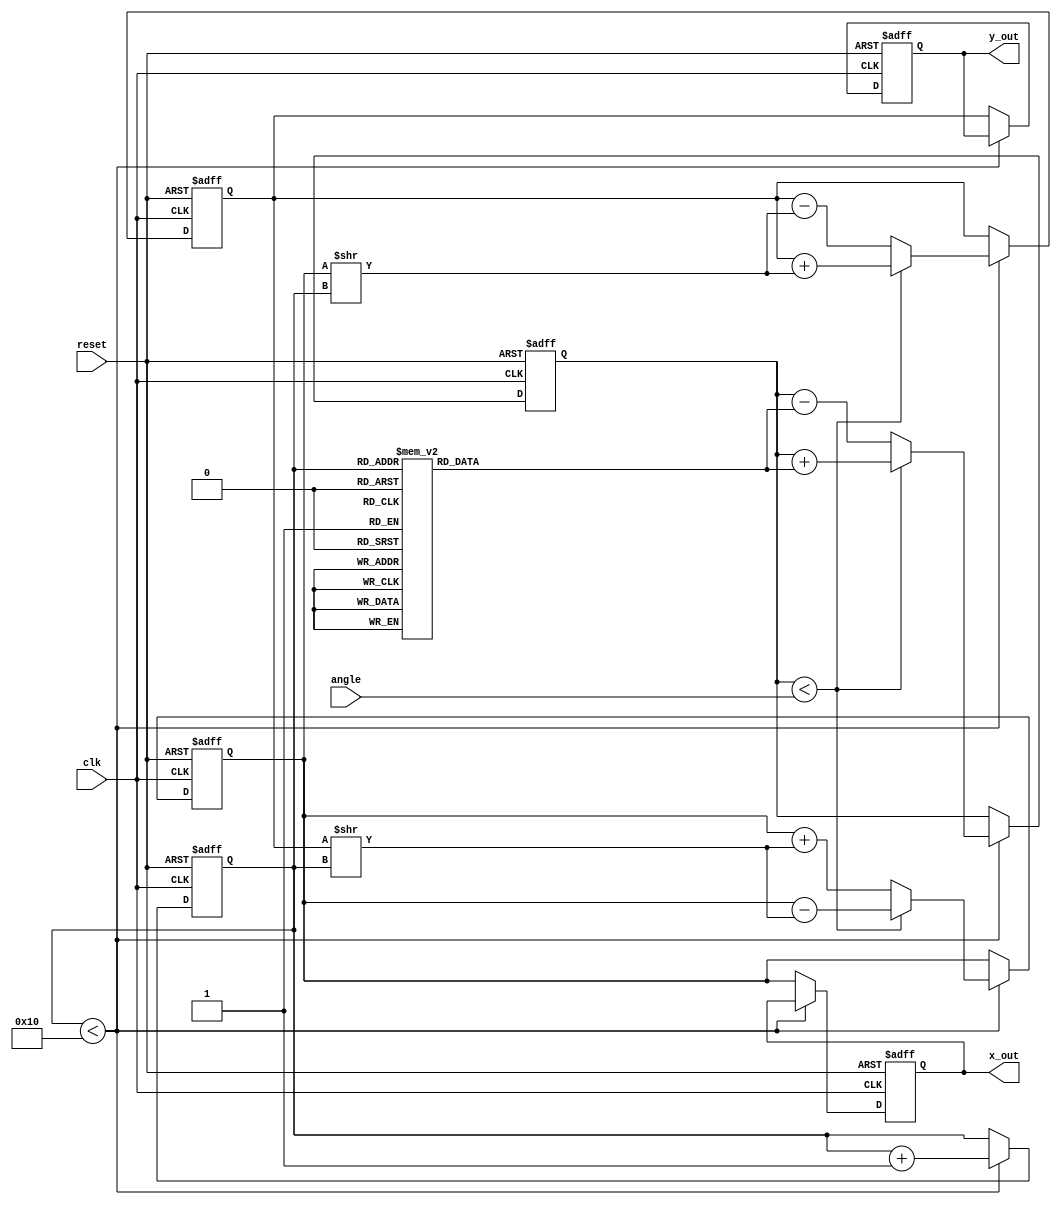
module cordic(
    input wire clk,
    input wire reset,
    input wire [15:0] angle,   // Input angle in fixed-point representation (Q1.15 format)
    output reg [15:0] x_out,    // Output x coordinate (cosine)
    output reg [15:0] y_out     // Output y coordinate (sine)
);

    parameter NUM_ITERATIONS = 16;
    reg [15:0] x, y;            // Internal x and y coordinates
    reg [15:0] z;               // Angle accumulator
    reg [15:0] angles [0:NUM_ITERATIONS-1]; // Angle lookup table
    reg [3:0] iter;             // Iteration counter
    reg direction;              // Rotation direction (1 for counterclockwise, 0 for clockwise)

    // Initialize angle lookup table with arctan values (in Q1.15 format)
    initial begin
        angles[0] = 16'h26DD; // atan(2^0) = 0.4636 in Q1.15
        angles[1] = 16'h1F2D; // atan(2^(-1)) = 0.2449 in Q1.15
        angles[2] = 16'h1D5A; // atan(2^(-2)) = 0.1974 in Q1.15
        angles[3] = 16'h1A6D; // atan(2^(-3)) = 0.1244 in Q1.15
        angles[4] = 16'h0F9D; // atan(2^(-4)) = 0.0624 in Q1.15
        angles[5] = 16'h07A8; // atan(2^(-5)) = 0.0312 in Q1.15
        angles[6] = 16'h03B3; // atan(2^(-6)) = 0.0156 in Q1.15
        angles[7] = 16'h01DA; // atan(2^(-7)) = 0.0078 in Q1.15
        angles[8] = 16'h00EE; // atan(2^(-8)) = 0.0039 in Q1.15
        angles[9] = 16'h0077; // atan(2^(-9)) = 0.00195 in Q1.15
        angles[10] = 16'h003B; // atan(2^(-10)) = 0.000976 in Q1.15
        angles[11] = 16'h001D; // atan(2^(-11)) = 0.000488 in Q1.15
        angles[12] = 16'h000E; // atan(2^(-12)) = 0.000244 in Q1.15
        angles[13] = 16'h0007; // atan(2^(-13)) = 0.000122 in Q1.15
        angles[14] = 16'h0003; // atan(2^(-14)) = 0.000061 in Q1.15
        angles[15] = 16'h0001; // atan(2^(-15)) = 0.000031 in Q1.15
    end

    // State machine for CORDIC iterations
    always @(posedge clk or posedge reset) begin
        if (reset) begin
            x <= 16'h7FFF; // Initial x = 1.0 in Q1.15
            y <= 16'h0000; // Initial y = 0.0 in Q1.15
            z <= 0;        // Initial angle = 0
            iter <= 0;     // Reset iteration counter
            x_out <= 0;
            y_out <= 0;
        end else if (iter < NUM_ITERATIONS) begin
            // Determine rotation direction
            if (z < angle) begin
                direction <= 1; // Counterclockwise
                z <= z + angles[iter];
                x <= x - (y >> iter); // x = x - (y * 2^(-i))
                y <= y + (x >> iter); // y = y + (x * 2^(-i))
            end else begin
                direction <= 0; // Clockwise
                z <= z - angles[iter];
                x <= x + (y >> iter); // x = x + (y * 2^(-i))
                y <= y - (x >> iter); // y = y - (x * 2^(-i))
            end
            iter <= iter + 1; // Increment iteration counter
        end else begin
            // Output final results
            x_out <= x;
            y_out <= y;
        end
    end
endmodule